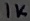
Text: 1K